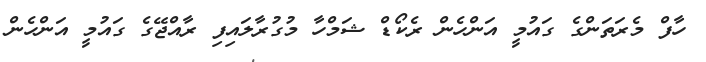
ހާފް މެރަތަންގެ ގައުމީ އަންހެން ރެކޯޑް ޝަމްހާ މުގުރާލައިފި ރާއްޖޭގެ ގައުމީ އަންހެން